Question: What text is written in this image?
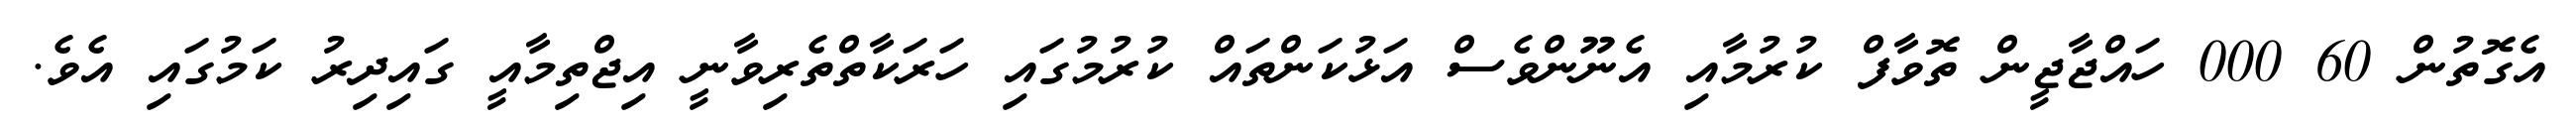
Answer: އެގޮތުން 60 000 ހައްޖާޖީން ތޮވާފް ކުރުމާއި އެނޫންވެސް އަޅުކަންތައް ކުރުމުގައި ހަރަކާތްތެރިވާނީ އިޖްތިމާއީ ގައިދިރު ކަމުގައި އެވެ.